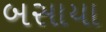
બસાયા